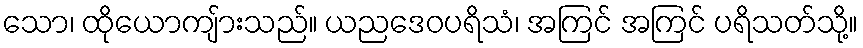
သော၊ ထိုယောကျ်ားသည်။ ယညဒေဝပရိသံ၊ အကြင် အကြင် ပရိသတ်သို့။